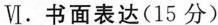
Ⅵ.书面表达(15 分)